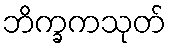
ဘိက္ခကသုတ်